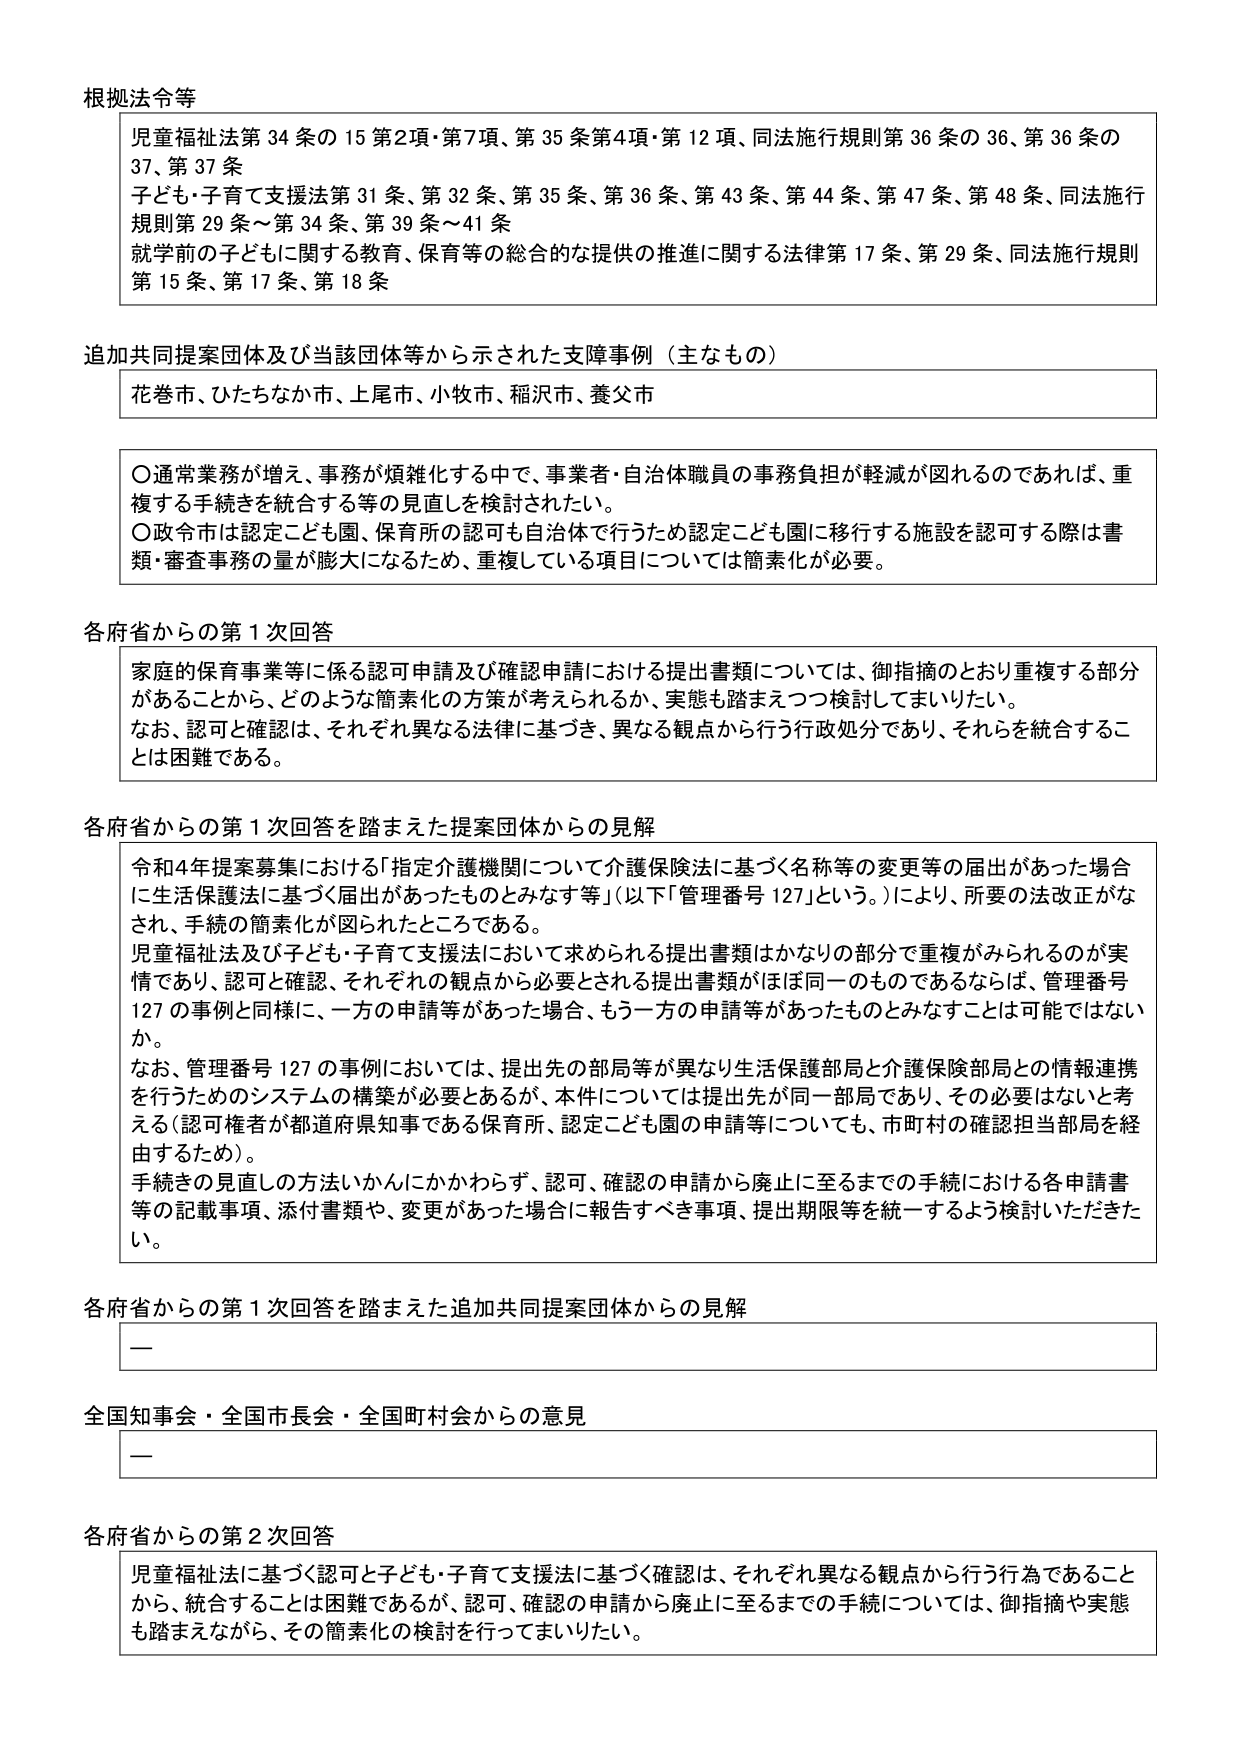
根拠法令等
児童福祉法第34条の15第2項・第7項、第35条第4項・第12項、同法施行規則第36条の36、第36条の37、第37条
子ども・子育て支援法第31条、第32条、第35条、第36条、第43条、第44条、第47条、第48条、同法施行規則第29条～第34条、第39条～41条
就学前の子どもに関する教育、保育等の総合的な提供の推進に関する法律第17条、第29条、同法施行規則第15条、第17条、第18条

追加共同提案団体及び当該団体等から示された支障事例（主なもの）
花巻市、ひたちなか市、上尾市、小牧市、稲沢市、養父市

〇通常業務が増え、事務が煩雑化する中で、事業者・自治体職員の事務負担が軽減が図れるのであれば、重複する手続きを統合する等の見直しを検討されたい。
〇政令市は認定こども園、保育所の認可も自治体で行うため認定こども園に移行する施設を認可する際は書類・審査事務の量が膨大になるため、重複している項目については簡素化が必要。

各府省からの第1次回答
家庭の保育事業等に係る認可申請及び確認申請における提出書類については、御指摘のとおり重複する部分があることから、どのような簡素化の方策が考えられるか、実態も踏まえつつ検討してまいりたい。
なお、認可と確認は、それぞれ異なる法律に基づき、異なる観点から行う行政処分であり、それらを統合することは困難である。

各府省からの第1次回答を踏まえた提案団体からの見解
令和4年提案募集における「指定介護機関について介護保険法に基づく名称等の変更等の届出があった場合に生活保護法に基づく届出があったものとみなす等」（以下「管理番号127」という。）により、所要の法改正がなされ、手続の簡素化が図られたところである。
児童福祉法及び子ども・子育て支援法において求められる提出書類はかなりの部分で重複がみられるのが実情であり、認可と確認、それぞれの観点から必要とされる提出書類がほぼ同一のものであるならば、管理番号127の事例と同様に、一方の申請等があった場合、もう一方の申請等があったものとみなすことは可能ではないか。
なお、管理番号127の事例においては、提出先の部局等が異なり生活保護部局と介護保険部局との情報連携を行うためのシステムの構築が必要であるが、本件については提出先が同一部局であり、その必要はないと考える（認可権者が都道府県知事である保育所、認定こども園の申請等についても、市町村の確認担当部局を経由するため）。
手続きの見直しの方法いかんにかかわらず、認可、確認の申請から廃止に至るまでの手続における各申請書等の記載事項、添付書類や、変更があった場合に報告すべき事項、提出期限等を統一するよう検討いただきたい。

各府省からの第1次回答を踏まえた追加共同提案団体からの見解
ー

全国知事会・全国市長会・全国町村会からの意見
ー

各府省からの第2次回答
児童福祉法に基づく認可と子ども・子育て支援法に基づく確認は、それぞれ異なる観点から行う行為であることから、統合することは困難であるが、認可、確認の申請から廃止に至るまでの手続については、御指摘や実態も踏まえながら、その簡素化の検討を行ってまいりたい。